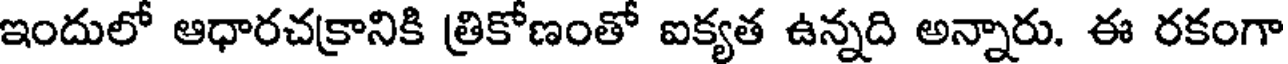
ఇందులో ఆధారచక్రానికి త్రికోణంతో ఐక్యత ఉన్నది అన్నారు. ఈ రకంగా